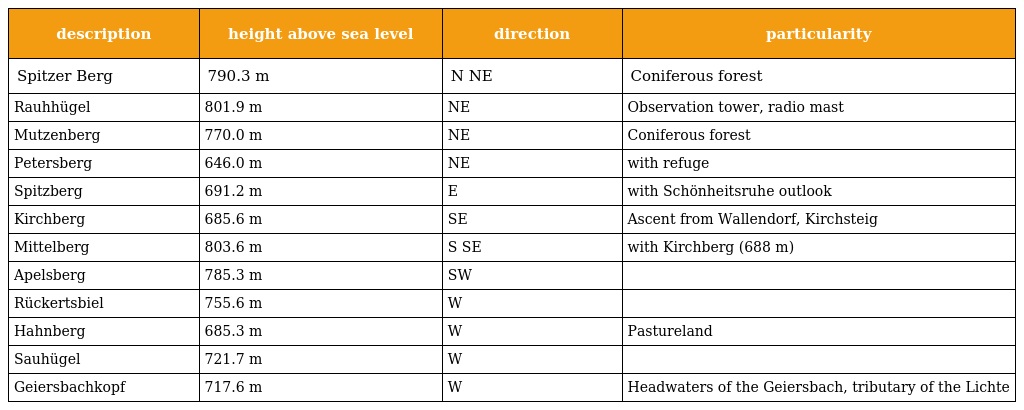
| description | height above sea level | direction | particularity |
 | --- | --- | --- | --- |
 | Spitzer Berg | 790.3 m | N NE | Coniferous forest |
 | Rauhhügel | 801.9 m | NE | Observation tower, radio mast |
 | Mutzenberg | 770.0 m | NE | Coniferous forest |
 | Petersberg | 646.0 m | NE | with refuge |
 | Spitzberg | 691.2 m | E | with Schönheitsruhe outlook |
 | Kirchberg | 685.6 m | SE | Ascent from Wallendorf, Kirchsteig |
 | Mittelberg | 803.6 m | S SE | with Kirchberg (688 m) |
 | Apelsberg | 785.3 m | SW |  |
 | Rückertsbiel | 755.6 m | W |  |
 | Hahnberg | 685.3 m | W | Pastureland |
 | Sauhügel | 721.7 m | W |  |
 | Geiersbachkopf | 717.6 m | W | Headwaters of the Geiersbach, tributary of the Lichte |